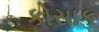
કોસાક